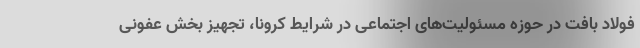
فولاد بافت در حوزه مسئولیت‌های اجتماعی در شرایط کرونا، تجهیز بخش عفونی